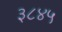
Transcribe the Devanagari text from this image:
३८४५